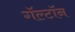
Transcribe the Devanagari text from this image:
गॅल्टॉन